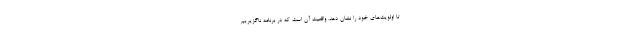
تا اولویت‌های خود را نشان دهد. واقعیت آن است که در برنامه ناگزیریم